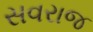
સવરાજ